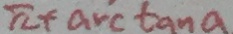
\pi + \arctan a